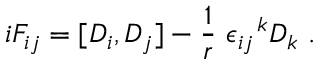
i F _ { i j } = [ D _ { i } , D _ { j } ] - \frac { 1 } { r } ~ \epsilon _ { i j } ^ { ~ ~ k } D _ { k } ~ . \nonumber